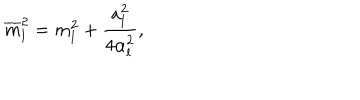
\overline { { { m } } } _ { l } ^ { 2 } = m _ { l } ^ { 2 } + \frac { a _ { l } ^ { 2 } } { 4 \alpha _ { l } ^ { 2 } } ,